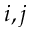
i , j